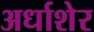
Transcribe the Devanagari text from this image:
अर्धाशेर